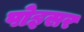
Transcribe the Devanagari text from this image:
पोइसर